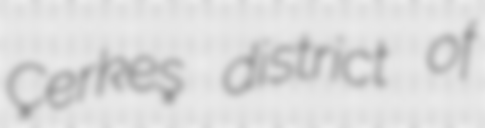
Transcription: Çerkeş district of